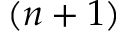
( n + 1 )